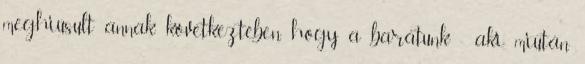
meghiúsult annak következtében, hogy a barátunk - aki, miután